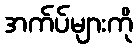
အက်ပ်များကို